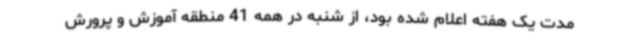
مدت یک هفته اعلام شده بود، از شنبه در همه 41 منطقه آموزش‌ و پرورش